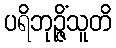
ပရိဘုဉ္ဇိံသူတိ